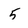
Character: 5